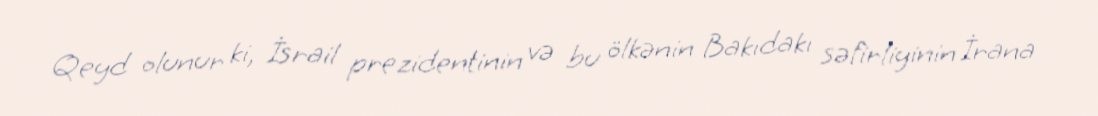
Qeyd olunur ki, İsrail prezidentinin və bu ölkənin Bakıdakı səfirliyinin İrana